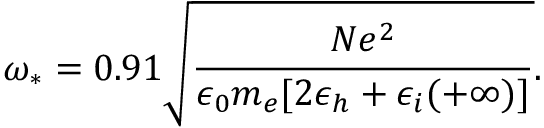
\omega _ { * } = 0 . 9 1 \sqrt { \frac { N e ^ { 2 } } { \epsilon _ { 0 } m _ { e } [ 2 \epsilon _ { h } + \epsilon _ { i } ( + \infty ) ] } } .